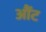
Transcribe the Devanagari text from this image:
औंट